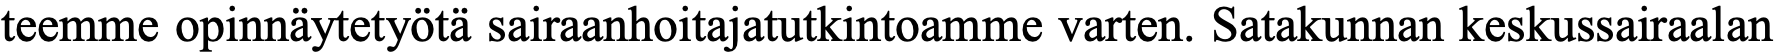
teemme opinnäytetyötä sairaanhoitajatutkintoamme varten. Satakunnan keskussairaalan